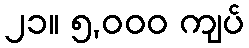
၂၁။ ၅,၀၀၀ ကျပ်